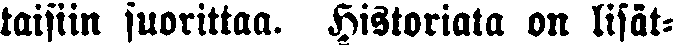
taisiin suorittaa. Historiata n lisät-